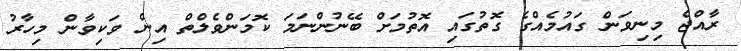
ރާއްޖެ މިނިވަން ގައުމެއްގެ ގޮތުގައި އޮތުމަށް ބޭނުންނަމަ ކޮމަންވެލްތް އިން ވަކިވާން މިހާރު